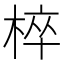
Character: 椊